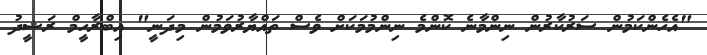
"އެހެންކަމުން ސަރުކާރުން ނިންމާނެ ކޮންމެ ނިންމުމަކަށް ވެސް ތައްޔާރުވަމުން މިދަނީ" އިބްރާހީމް ރަޝީދު